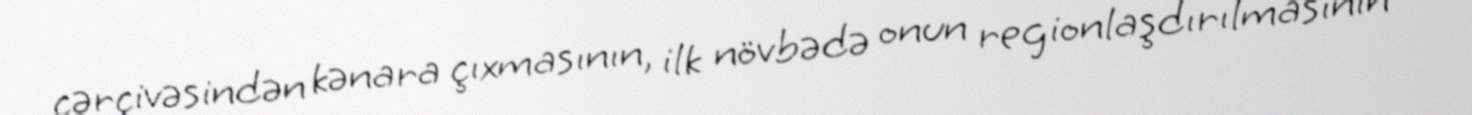
çərçivəsindən kənara çıxmasının, ilk növbədə onun regionlaşdırılmasının